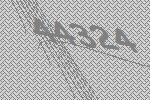
44324